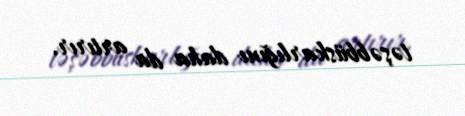
təşəbbüskarlığını daha da artırır.